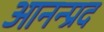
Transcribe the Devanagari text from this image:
आनन्प्रद